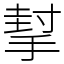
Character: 㨍